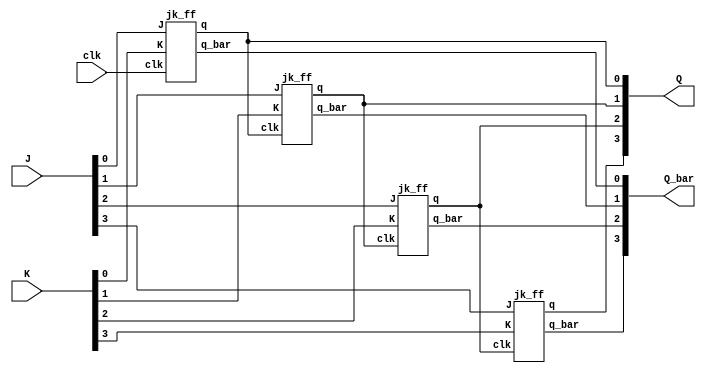
module async_4bit_down_counter(clk, J,K,Q,Q_bar);
input clk;
input [3:0]J,K;
output [3:0]Q,Q_bar;

jk_ff JK1(clk,J[0],K[0],Q[0],Q_bar[0]);
jk_ff JK2(Q[0],J[1],K[1],Q[1],Q_bar[1]);
jk_ff JK3(Q[1],J[2],K[2],Q[2],Q_bar[2]);
jk_ff JK4(Q[2],J[3],K[3],Q[3],Q_bar[3]);

endmodule


module jk_ff(clk,J,K, q,q_bar);
input clk,J,K;
output reg q;
output q_bar;

always@(negedge clk)
begin
  case({J,K})
    2'b00: q <= q;
  2'b01: q <= 1'b0;
  2'b10: q <= 1'b1;
  2'b11: q <= ~q;
  endcase
end

initial begin
q = 1'b1;
end
assign q_bar = ~q;
endmodule